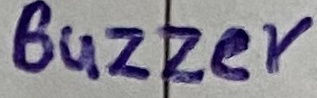
Text: Buzzer